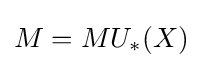
M=MU_{*}(X)